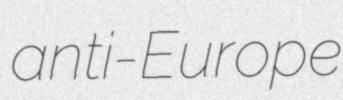
anti-Europe